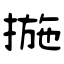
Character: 揓